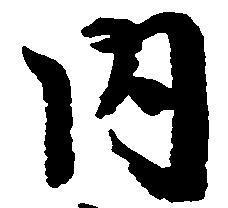
内